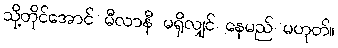
သို့တိုင်အောင် မီလာနီ မရှိလျှင် နေမည် မဟုတ်။